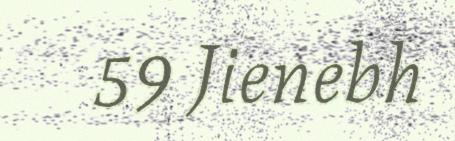
59 Jienebh